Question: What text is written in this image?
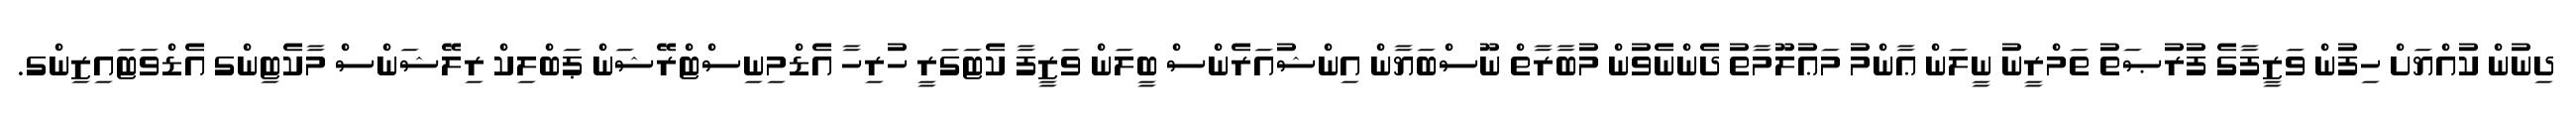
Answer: ދިނުން ކުއްޔަށް ހިފުން ވަޒީފާގެ ފުރުޞަތު ތަމްރީނު ނީލަން ޢާންމު މަޢުލޫމާތު ދެންނެވުން މުބާރާތް ނޫސްބަޔާން އިންޝުއަރެންސް ބީލަން ވަޒީފާ ކެޓަގަރީ ހުރިހާ އެޑްމިނިސްޓްރޭޝަން ޕަބްލިކް ރިލޭޝަންސް މާކެޓިންގ އެޑްވަޓައިޒިންގ.